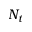
N _ { t }